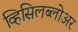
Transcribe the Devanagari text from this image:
व्हिसिलब्लोअर